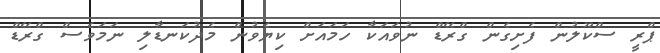
ޕްރީ ސްކޫލުން ފެށިގެން ގްރޭޑް ނުވައަކާ ހަމައަށް ކިޔެވުން މެދުކަނޑާލި ނަމަވެސް ގްރޭޑް